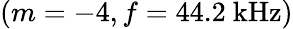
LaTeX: (m=-4,f=44.2\ \mathrm{kHz})